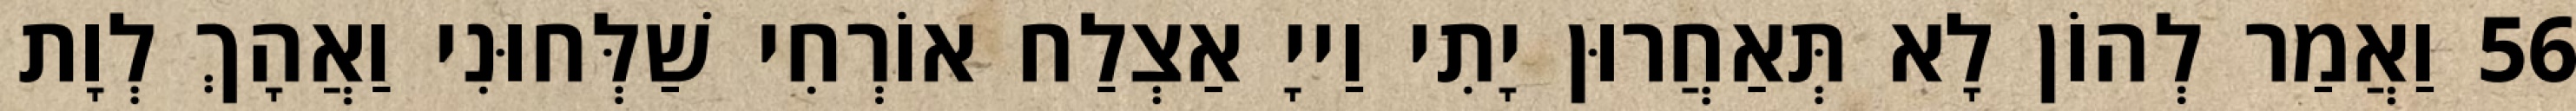
56 וַאֲמַר לְהוֹן לָא תְּאַחֲרוּן יָתִי וַייָ אַצְלַח אוֹרְחִי שַׁלְּחוּנִי וַאֲהָךְ לְוָת